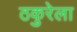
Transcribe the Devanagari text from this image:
ठकुरेला